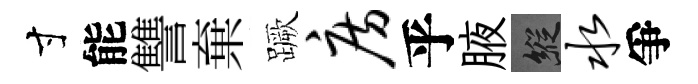
寸能讐棄蹶房乎腋縱水爭